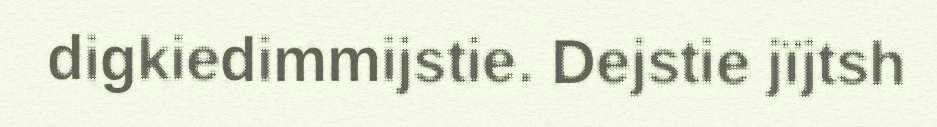
digkiedimmijstie. Dejstie jïjtsh